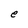
Character: e